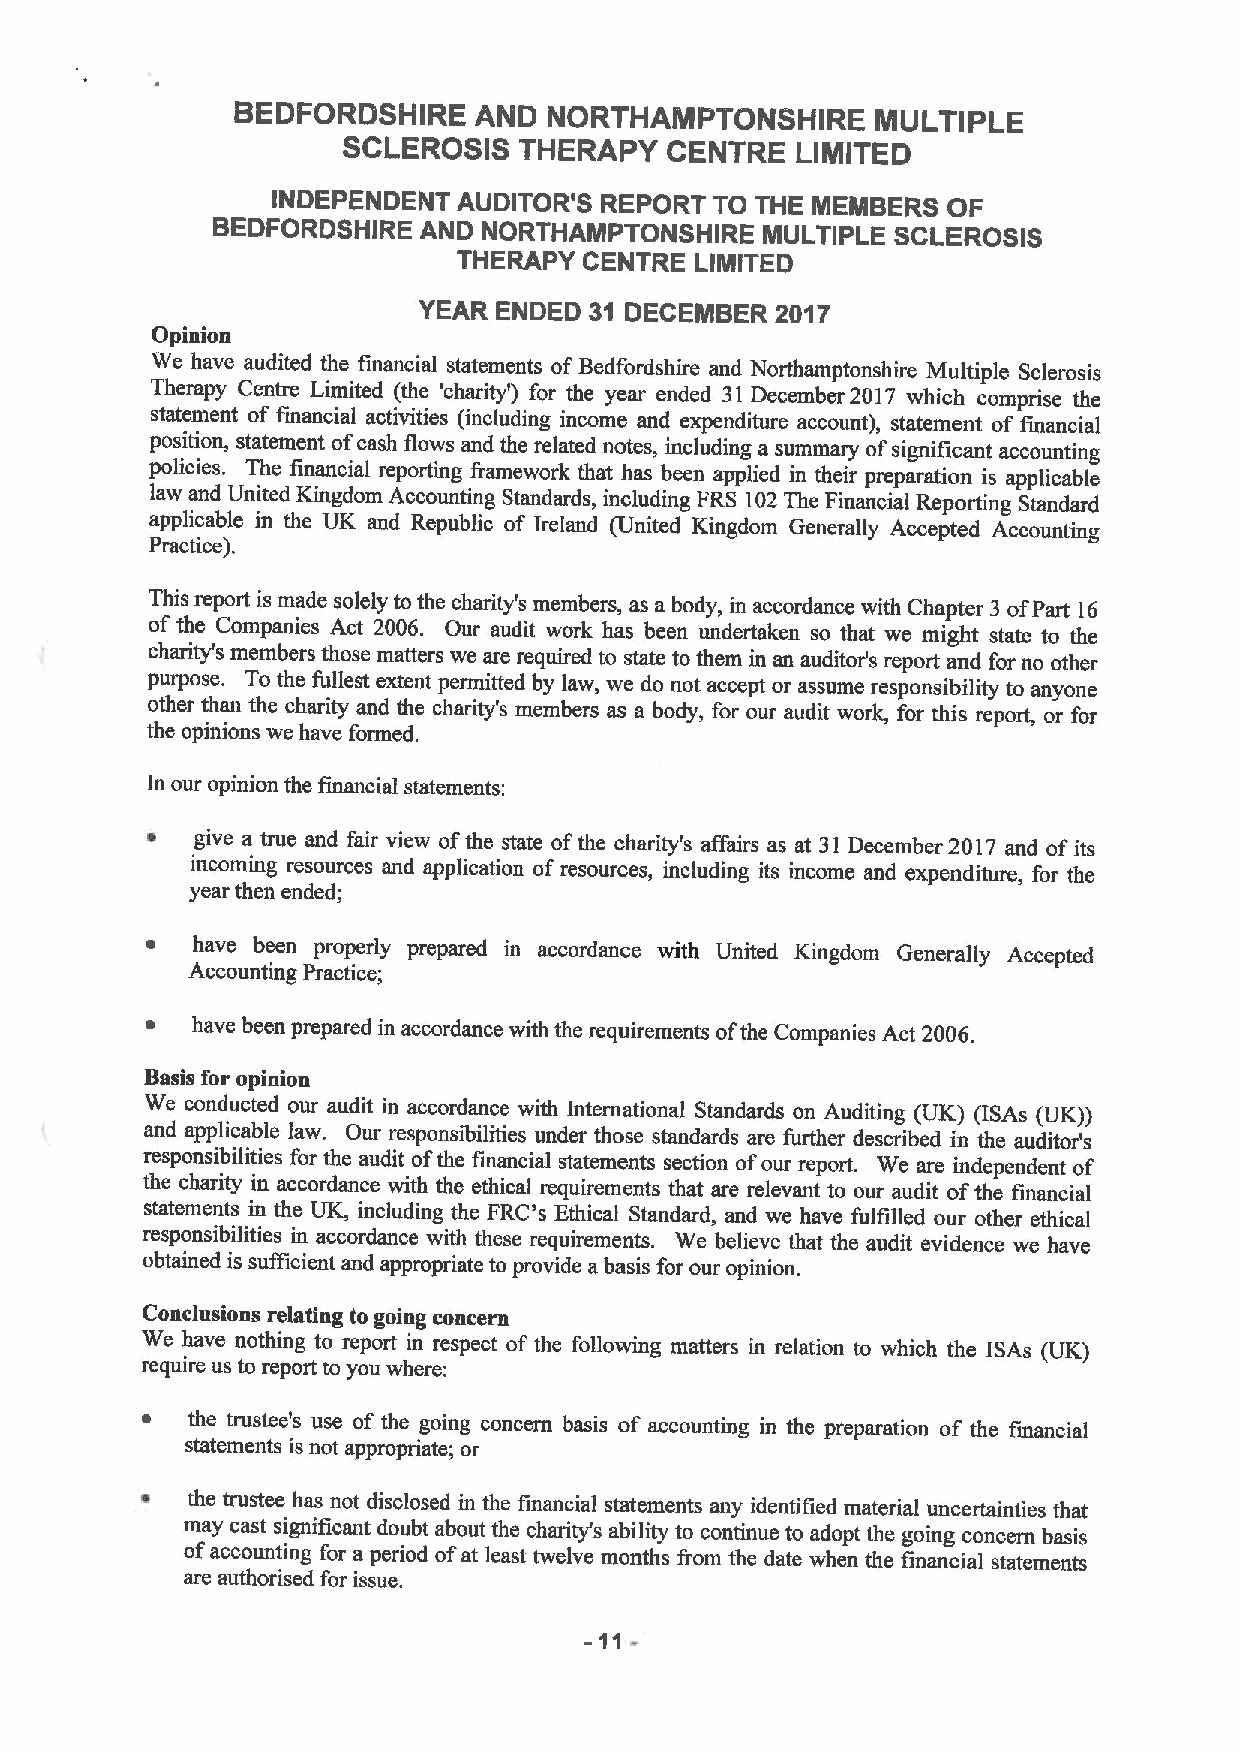
BEDFORDSHIRE    AND  NORTHAMPTONSHIRE      MuLTIPLE
 SCLEROSIS  THERAPY   CENTRE   LIMITED
 INDEPENDENT AUDITOR'S REPORT TO THE MEMBERS  OF
 BEDFORDSHIRE  AND NORTHAMPTONSHIRE  MULTIPLE SCLEROSIS
 THERAPY  CENTRE LIMITED
 YEAR ENDED 31 DECEMBER 2017
 Opinion
 We have audited the financial statements ofBedfordshire and Northamptonshire Multiple Sclerosis
 Therapy Centre Limited (the 'charity') for the year ended 31December 2017 which comprise the
 statement of financial activities (including income and expenditure account), statement of financial
 position, statement ofcash flows and the related notes, including a summary ofsignificant accounting
 policies. The financial reporting framework that has been applied in their preparation is applicable
 law and United Kingdom Accounting Standards, including FRS 102The Financial Reporting Standard
 applicable in the UK and Republic of Ireland (United Kingdom Generally Accepted Accounting
 Practice).
 This report is made solely to the charity's members, as abody, in accordance with Chapter 3 ofPart 16
 of the Companies Act 2006. Our audit work has been undertaken so that we might state to the
 charity's members those matters we are required to state to them in an auditor's report and for no other
 purpose. To the fullest extent permitted by law, we do not accept or assume responsibility to anyone
 other than the charity and the charity's members as a body, for our audit work, for this report, or for
 the opinions we have formed.
 In our opinion the financial statements:
 ~  give a nue and fair view ofthe state ofthe charity's affairs as at 31December 2017 and ofits
 incoming resources and application ofresources, including its income and expenditure, for the
 year then ended;
 ~  have been properly prepared in accordance with United Kingdom Generally Accepted
 Accounting Practice;
 ~  have been prepared in accordance with the requirements ofthe Companies Act 2006.
 Basis for opinion
 We conducted our audit in accordance with International Standards on Auditing (UK) (ISAs (UK))
 and applicable law. Our responsibilities under those standards are further described in the auditor's
 responsibilities for the audit ofthe financial statements section ofour report. We are independent of
 the charity in accordance with the ethical requirements that are relevant to our audit ofthe financial
 statements in the UK, including the FRC's Ethical Standard, and we have fulfilled our other ethical
 responsibilities in accordance with these requirements. We believe that the audit evidence we have
 obtained is sufficient and appropriate to provide a basis for our opinion.
 Conclusions relating to going concern
 We have nothing to report in respect of the following matters in relation to which the ISAs (UK)
 require us to report to you where:
 ~  the trustee's use of the going concern basis of accounting in the preparation of the financial
 statements is not appropriate; or
 ~  the trustee has not disclosed in the financial statements any identified material uncertainties that
 may cast significant doubt about the charity's ability to continue to adopt the going concern basis
 ofaccounting for a period ofat least twelve months from the date when the financial statements
 are authorised for issue.
 -11-